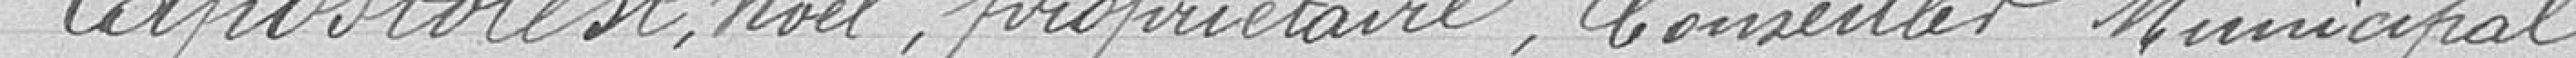
LAPOSTOLEST Noël, propriétaire, Conseiller Municipal